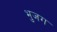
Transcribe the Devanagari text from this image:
भुजग